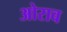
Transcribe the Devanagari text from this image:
ओराव